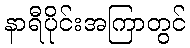
နာရီပိုင်းအကြာတွင်